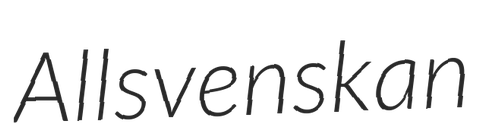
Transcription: Allsvenskan